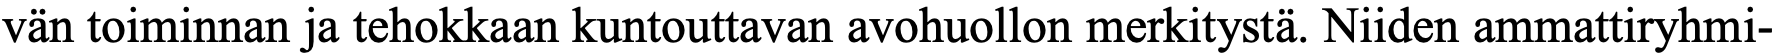
vän toiminnan ja tehokkaan kuntouttavan avohuollon merkitystä. Niiden ammattiryhmi-